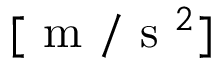
[ \mathrm { ~ m ~ } / \mathrm { ~ s ~ } ^ { 2 } ]